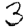
Digit: 3